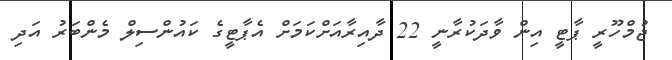
ޖުމްހޫރީ ޕާޓީ އިން ވާދަކުރާނީ 22 ދާއިރާއަށްކަމަށް އެޕާޓީގެ ކައުންސިލް މެންބަރު އަދި